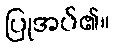
ပြုအပ်၏။